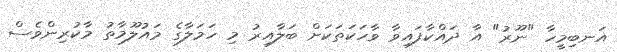
އަނބިމީހާ "ނޫރު" އާ ދައްކާފައިވާ ވާހަކަތަކަށް ބަލާއިރު މި ހަމަލާގެ މައުލޫމާތު މާކުރިންވެސް